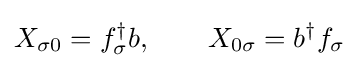
X_{\sigma 0}=f_{\sigma }^{\dagger }b,\qquad X_{0\sigma }=b^{\dagger }f_{\sigma }